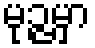
မုဉ္ဇမှာ